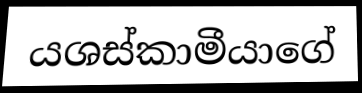
යශස්කාමීයාගේ